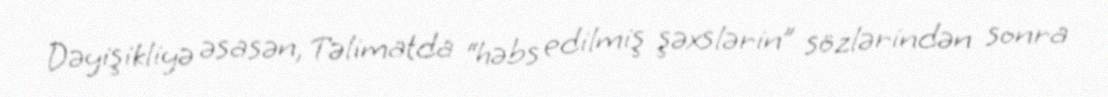
Dəyişikliyə əsasən, Təlimatda “həbs edilmiş şəxslərin” sözlərindən sonra